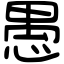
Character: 愚